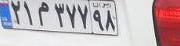
۲۱م۳۷۷۹۸